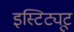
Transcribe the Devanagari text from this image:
इस्टिट्यूट